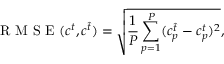
\mathrm { ~ R ~ M ~ S ~ E ~ } ( c ^ { t } , c ^ { \hat { t } } ) = \sqrt { \frac { 1 } { P } \sum _ { p = 1 } ^ { P } ( c _ { p } ^ { \hat { t } } - c _ { p } ^ { t } ) ^ { 2 } } ,